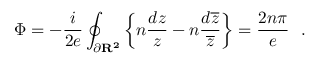
\Phi = - \frac { i } { 2 e } \oint _ { \partial \bf R ^ { 2 } \mit } \left\{ n \frac { d z } { z } - n \frac { d \overline { { { z } } } } { \overline { { { z } } } } \right\} = \frac { 2 n \pi } { e } ~ ~ .